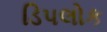
ડિપલોક